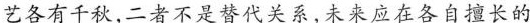
艺各有千秋,二者不是替代关系,未来应在各自擅长的